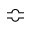
\Bumpeq